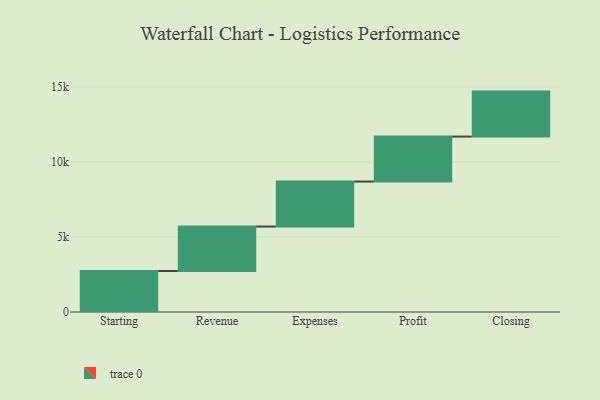
{"axis": {"x": "Step", "y": "Value"}, "legend": [""], "data": [{"x": "Starting", "y": 2734.0, "type": ""}, {"x": "Revenue", "y": 2966.0, "type": ""}, {"x": "Expenses", "y": 3000, "type": ""}, {"x": "Profit", "y": 3000, "type": ""}, {"x": "Closing", "y": 3000, "type": ""}]}